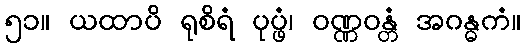
၅၁။ ယထာပိ ရုစိရံ ပုပ္ဖံ၊ ဝဏ္ဏဝန္တံ အဂန္ဓကံ။